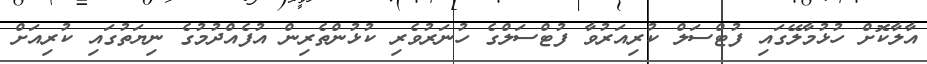
އާލާކޮށް ހުޅުމާލޭގައި ފުޓްސަލް ކުރިއަރުވާ ފުޓްސަލްގެ ހުނަރުވެރި ކުޅުންތެރިން އުފެއްދުމުގެ ނިޔަތުގައި ކުރިއަށް